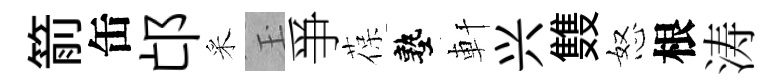
箭缶邙采玉爭葆塾軒兴䨇怒根涛